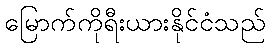
မြောက်ကိုရီးယားနိုင်ငံသည်